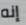
إنه